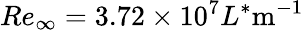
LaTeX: Re_{\infty}=3.72\times 10^{7}L^{*}\mathrm{m^{-1}}